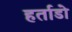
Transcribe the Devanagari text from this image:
हर्ताडो